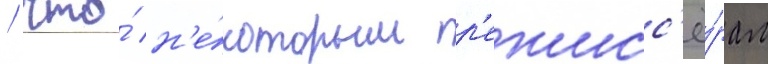
/ что́ н'е́которым р'ежисс'ё́рам